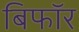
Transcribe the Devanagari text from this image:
बिफाॅर